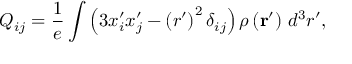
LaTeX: Q _ { i j } = { \frac { 1 } { e } } \int \left( 3 x _ { i } ^ { \prime } x _ { j } ^ { \prime } - \left( r ^ { \prime } \right) ^ { 2 } \delta _ { i j } \right) \rho \left( \mathbf { r } ^ { \prime } \right) \, d ^ { 3 } r ^ { \prime } ,